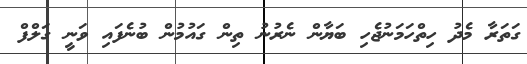
ގަތަރާ މެދު ހިތްހަމަނުޖެހި ބަޔާން ނެރުނު ތިން ގައުމުން ބުނެފައި ވަނީ ގަލްފް